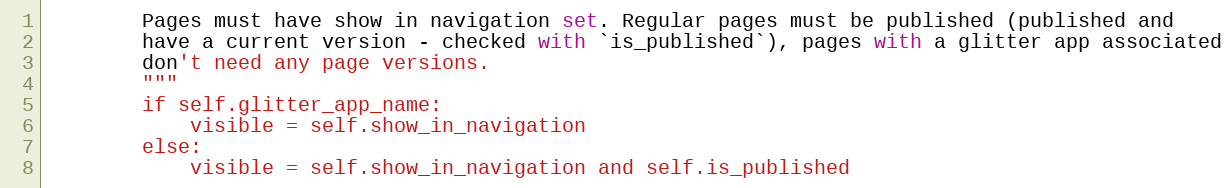
Language: Python
        Pages must have show in navigation set. Regular pages must be published (published and
        have a current version - checked with `is_published`), pages with a glitter app associated
        don't need any page versions.
        """
        if self.glitter_app_name:
            visible = self.show_in_navigation
        else:
            visible = self.show_in_navigation and self.is_published